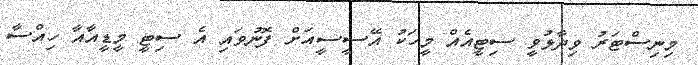
މިނިސްޓަރު ވިދާޅުވީ ސިޓީއެއް މީހަކު އޭސީސީއަށް ފޮނުވައި އެ ސިޓީ މީޑީއާއާ ހިއްސާ